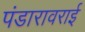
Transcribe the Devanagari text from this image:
पंडारावराई